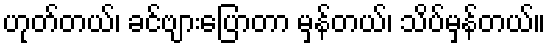
ဟုတ်တယ်၊ ခင်ဗျားပြောတာ မှန်တယ်၊ သိပ်မှန်တယ်။